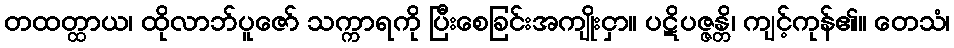
တထတ္ထာယ၊ ထိုလာဘ်ပူဇော် သက္ကာရကို ပြီးစေခြင်းအကျိုးငှာ။ ပဋိပဇ္ဇန္တိ၊ ကျင့်ကုန်၏။ တေသံ၊